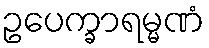
ဥပေက္ခာရမ္မဏံ